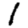
Digit: 1